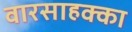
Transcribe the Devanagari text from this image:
वारसाहक्का